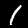
Label: 1